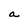
Character: a